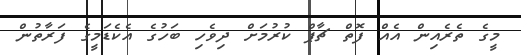
މީގެ ތެރެއިން އެއް ފޮތް ޗާޕް ކުރުމަށް ދިވެހި ބަހުގެ އެކެޑަމީގެ ފަރާތުން